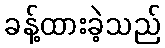
ခန့်ထားခဲ့သည်